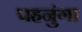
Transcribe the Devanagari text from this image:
पहनुंगा